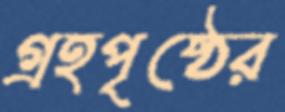
গ্রহপৃষ্ঠের